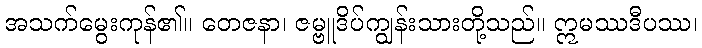
အသက်မွေးကုန်၏။ တေဇနာ၊ ဇမ္ဗူဒိပ်ကျွန်းသားတို့သည်။ ဣမဿဒီပဿ၊